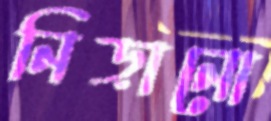
নিড়ানো